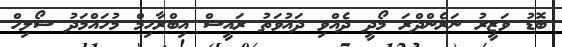
ބޮޑު ވަޒީރު ނަރެންދްރަ މޯދީ ދެއްވި ދައުވަތު ރައީސް އިބްރާހިމް މުހައްމަދު ސޯލިހް